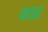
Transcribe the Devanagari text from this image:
वाघ्र